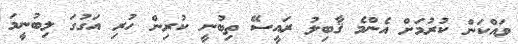
ވައްކަން ކުރުމަށް އެންމެ ޤާބިލު ރައީސޭ ތިބުނީ ކުރިން ހުރި އަގުގަ ލިބުނީމަ